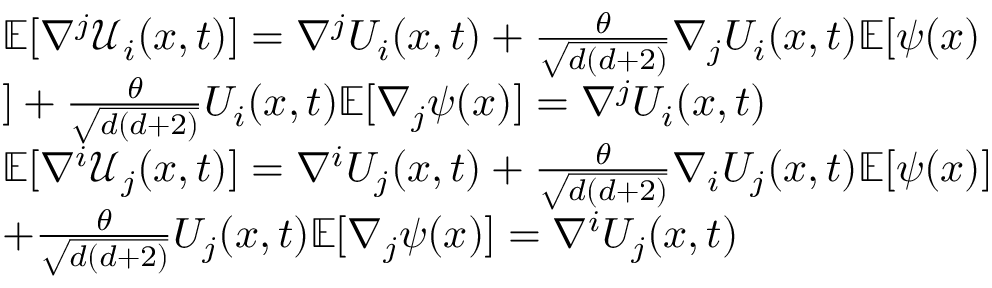
\begin{array} { r l } & { \mathbb { E } [ \nabla ^ { j } \mathcal { U } _ { i } ( x , t ) ] = \nabla ^ { j } U _ { i } ( x , t ) + \frac { \theta } { \sqrt { d ( d + 2 ) } } \nabla _ { j } U _ { i } ( x , t ) \mathbb { E } [ \psi ( x ) } \\ & { ] + \frac { \theta } { \sqrt { d ( d + 2 ) } } U _ { i } ( x , t ) \mathbb { E } [ \nabla _ { j } \psi ( x ) ] = \nabla ^ { j } U _ { i } ( x , t ) } \\ & { \mathbb { E } [ \nabla ^ { i } \mathcal { U } _ { j } ( x , t ) ] = \nabla ^ { i } U _ { j } ( x , t ) + \frac { \theta } { \sqrt { d ( d + 2 ) } } \nabla _ { i } U _ { j } ( x , t ) \mathbb { E } [ \psi ( x ) ] } \\ & { + \frac { \theta } { \sqrt { d ( d + 2 ) } } U _ { j } ( x , t ) \mathbb { E } [ \nabla _ { j } \psi ( x ) ] = \nabla ^ { i } U _ { j } ( x , t ) } \end{array}